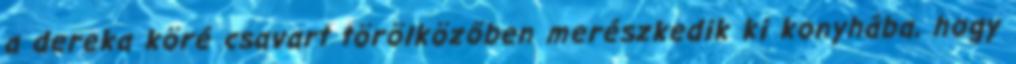
a dereka köré csavart törölközőben merészkedik ki konyhába, hogy